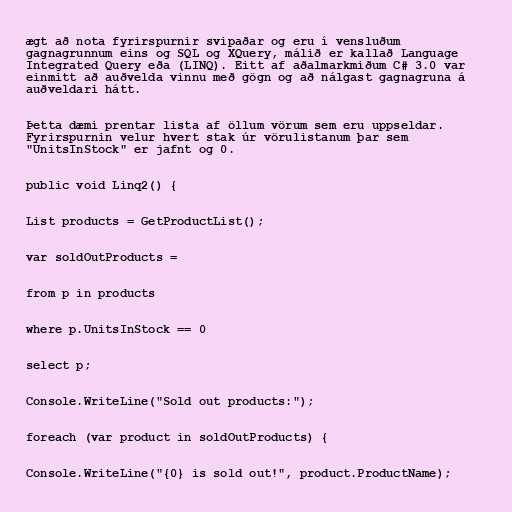
ægt að nota fyrirspurnir svipaðar og eru í vensluðum
gagnagrunnum eins og SQL og XQuery, málið er kallað Language
Integrated Query eða (LINQ). Eitt af aðalmarkmiðum C# 3.0 var
einmitt að auðvelda vinnu með gögn og að nálgast gagnagruna á
auðveldari hátt.

Þetta dæmi prentar lista af öllum vörum sem eru uppseldar.
Fyrirspurnin velur hvert stak úr vörulistanum þar sem
"UnitsInStock" er jafnt og 0.

public void Linq2() {

List products = GetProductList();

var soldOutProducts =

from p in products

where p.UnitsInStock == 0

select p;

Console.WriteLine("Sold out products:");

foreach (var product in soldOutProducts) {

Console.WriteLine("{0} is sold out!", product.ProductName);